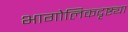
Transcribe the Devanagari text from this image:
भागोलिकदृष्ट्या